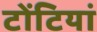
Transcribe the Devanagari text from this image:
टोंटियां